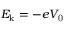
E _ { \mathrm { k } } = - e V _ { \mathrm { 0 } }